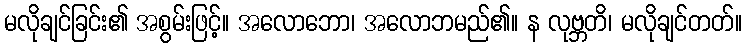
မလိုချင်ခြင်း၏ အစွမ်းဖြင့်။ အလောဘော၊ အလောဘမည်၏။ န လုဗ္ဘတိ၊ မလိုချင်တတ်။